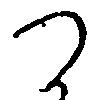
つ